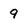
Character: 9